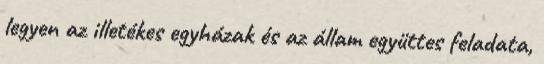
legyen az il­letékes egyházak és az állam együttes feladata,